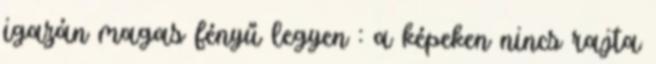
igazán magas fényű legyen : a képeken nincs rajta